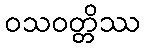
ဝသဝတ္တိဿ